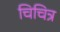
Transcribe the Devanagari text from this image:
चिचित्र